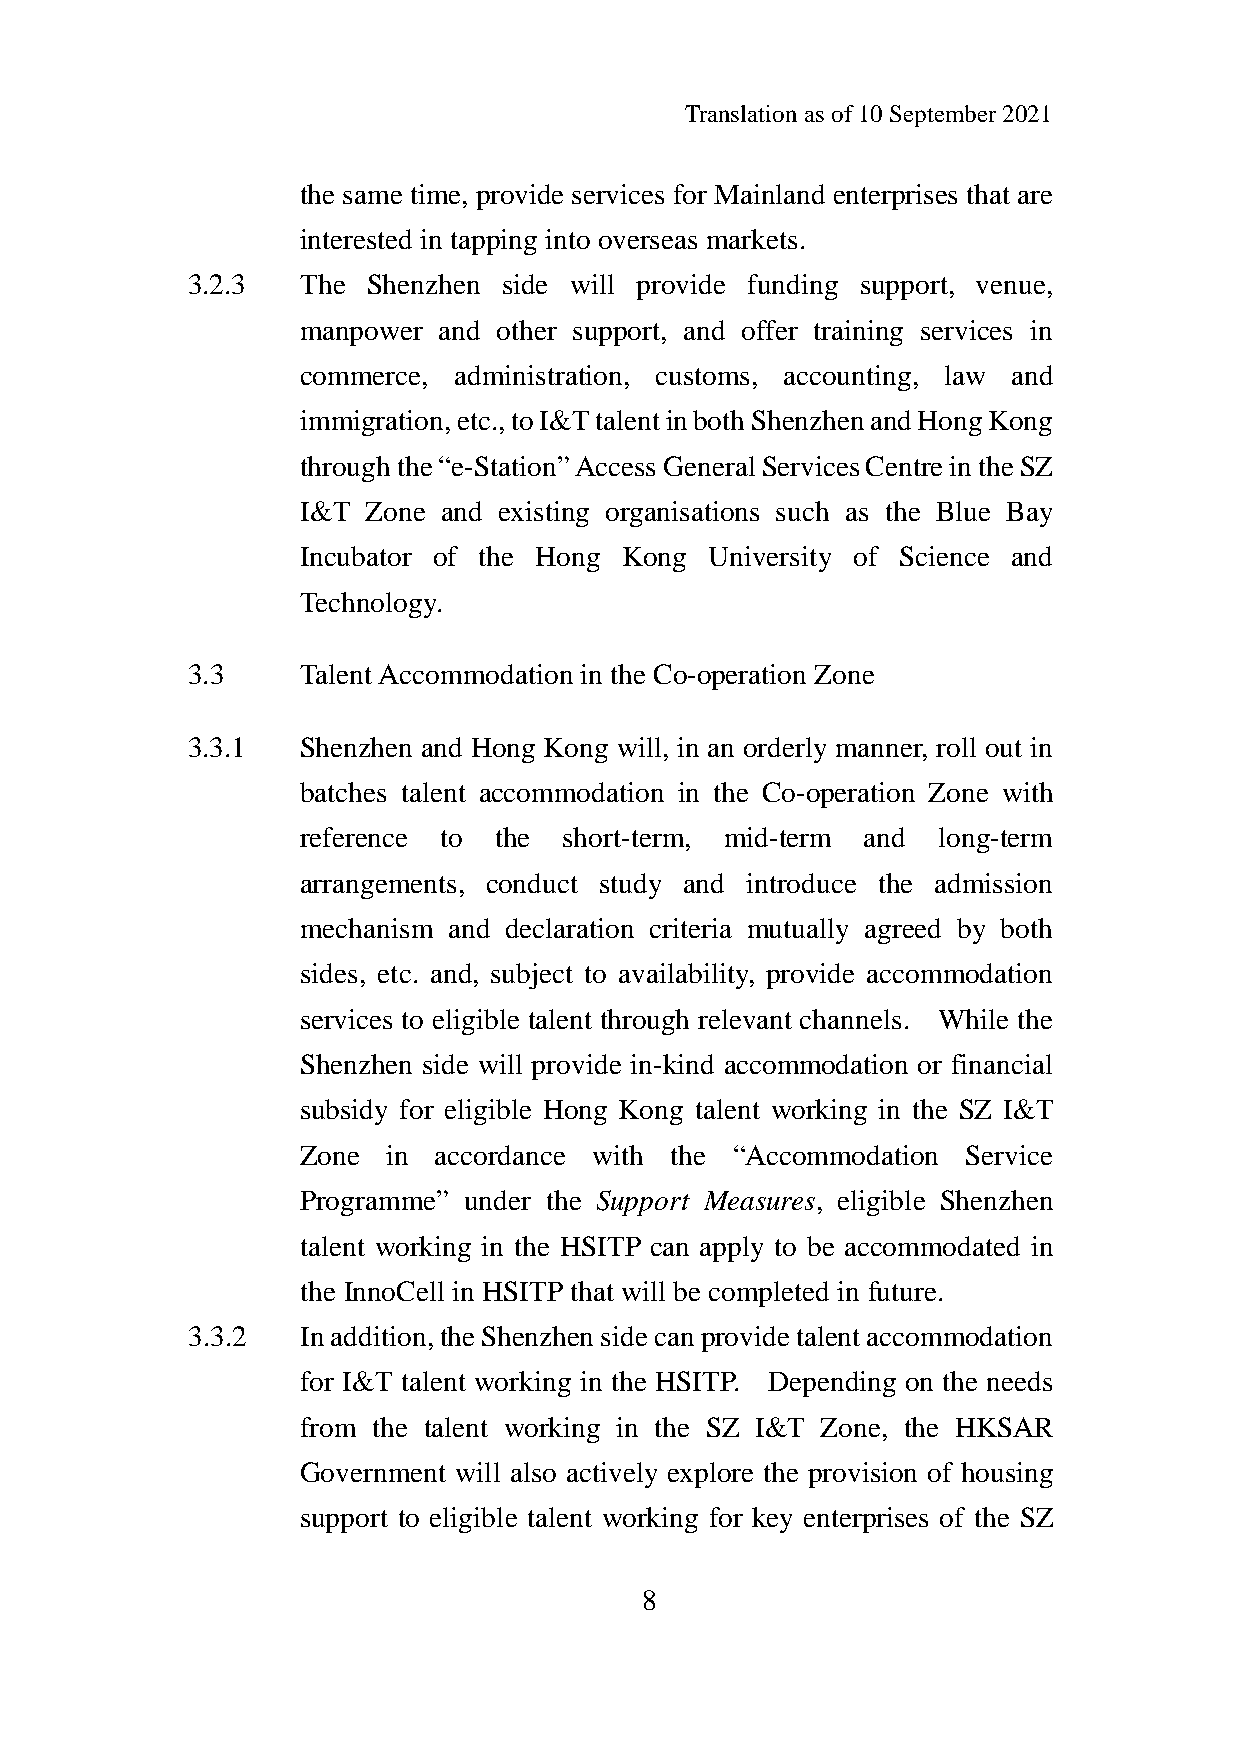
Translation as of 10 September 2021
 the same time, provide services for Mainland enterprises that are
 interested in tapping into overseas markets.
 3.2.3   The Shenzhen side will provide funding support, venue,
 manpower and other support, and offer training services in
 commerce, administration, customs, accounting, law and
 immigration, etc., to I&T talent in both Shenzhen and Hong Kong
 through the “e-Station” Access General Services Centre in the SZ
 I&T Zone and existing organisations such as the Blue Bay
 Incubator of the Hong Kong University of Science and
 Technology.
 3.3     Talent Accommodation in the Co-operation Zone
 3.3.1   Shenzhen and Hong Kong will, in an orderly manner, roll out in
 batches talent accommodation in the Co-operation Zone with
 reference to the short-term, mid-term and long-term
 arrangements, conduct study and introduce the admission
 mechanism and declaration criteria mutually agreed by both
 sides, etc. and, subject to availability, provide accommodation
 services to eligible talent through relevant channels. While the
 Shenzhen side will provide in-kind accommodation or financial
 subsidy for eligible Hong Kong talent working in the SZ I&T
 Zone  in accordance with the “Accommodation Service
 Programme” under the Support Measures, eligible Shenzhen
 talent working in the HSITP can apply to be accommodated in
 the InnoCell in HSITP that will be completed in future.
 3.3.2   In addition, the Shenzhen side can provide talent accommodation
 for I&T talent working in the HSITP. Depending on the needs
 from the talent working in the SZ I&T Zone, the HKSAR
 Government will also actively explore the provision of housing
 support to eligible talent working for key enterprises of the SZ
 8